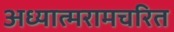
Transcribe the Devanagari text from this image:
अध्यात्मरामचरित